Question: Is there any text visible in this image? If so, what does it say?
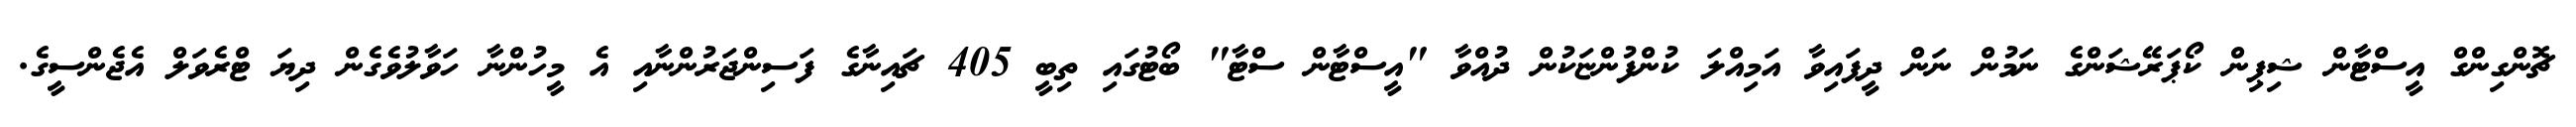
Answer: ޗޮންގިންގް އީސްޓާން ޝިޕިން ކޯޕަރޭޝަންގެ ނަމުން ނަން ދީފައިވާ އަމިއްލަ ކުންފުންޏަކުން ދުއްވާ "އީސްޓާން ސްޓާ" ބޯޓުގައި ތިބީ 405 ޗައިނާގެ ފަސިންޖަރުންނާއި އެ މީހުންނާ ހަވާލުވެގެން ދިޔަ ޓްރެވަލް އެޖެންސީގެ.